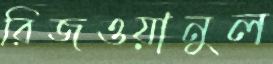
রিজওয়ানুল